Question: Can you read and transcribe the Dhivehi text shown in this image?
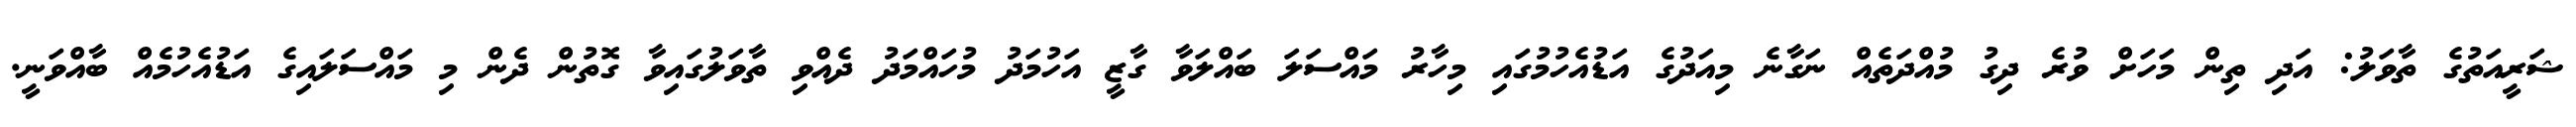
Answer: ޝަރީއަތުގެ ތާވަލު: އަދި ތިން މަހަށް ވުރެ ދިގު މުއްދަތެއް ނަގާނެ މިއަދުގެ އަޑުއެހުމުގައި މިހާރު މައްސަލަ ބައްލަވާ ގާޒީ އަހުމަދު މުހައްމަދު ދެއްވި ތާވަލުގައިވާ ގޮތުން ދެން މި މައްސަލައިގެ އަޑުއެހުމެއް ބާއްވަނީ.